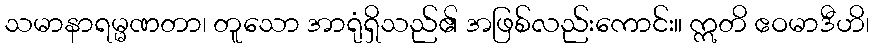
သမာနာရမ္မဏတာ၊ တူသော အာရုံရှိသည်၏ အဖြစ်လည်းကောင်း။ ဣတိ ဧဝမာဒီဟိ၊